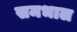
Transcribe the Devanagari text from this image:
समभाल